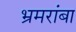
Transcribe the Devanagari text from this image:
भ्रमरांबा